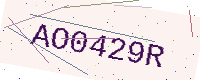
Text: AO0429R